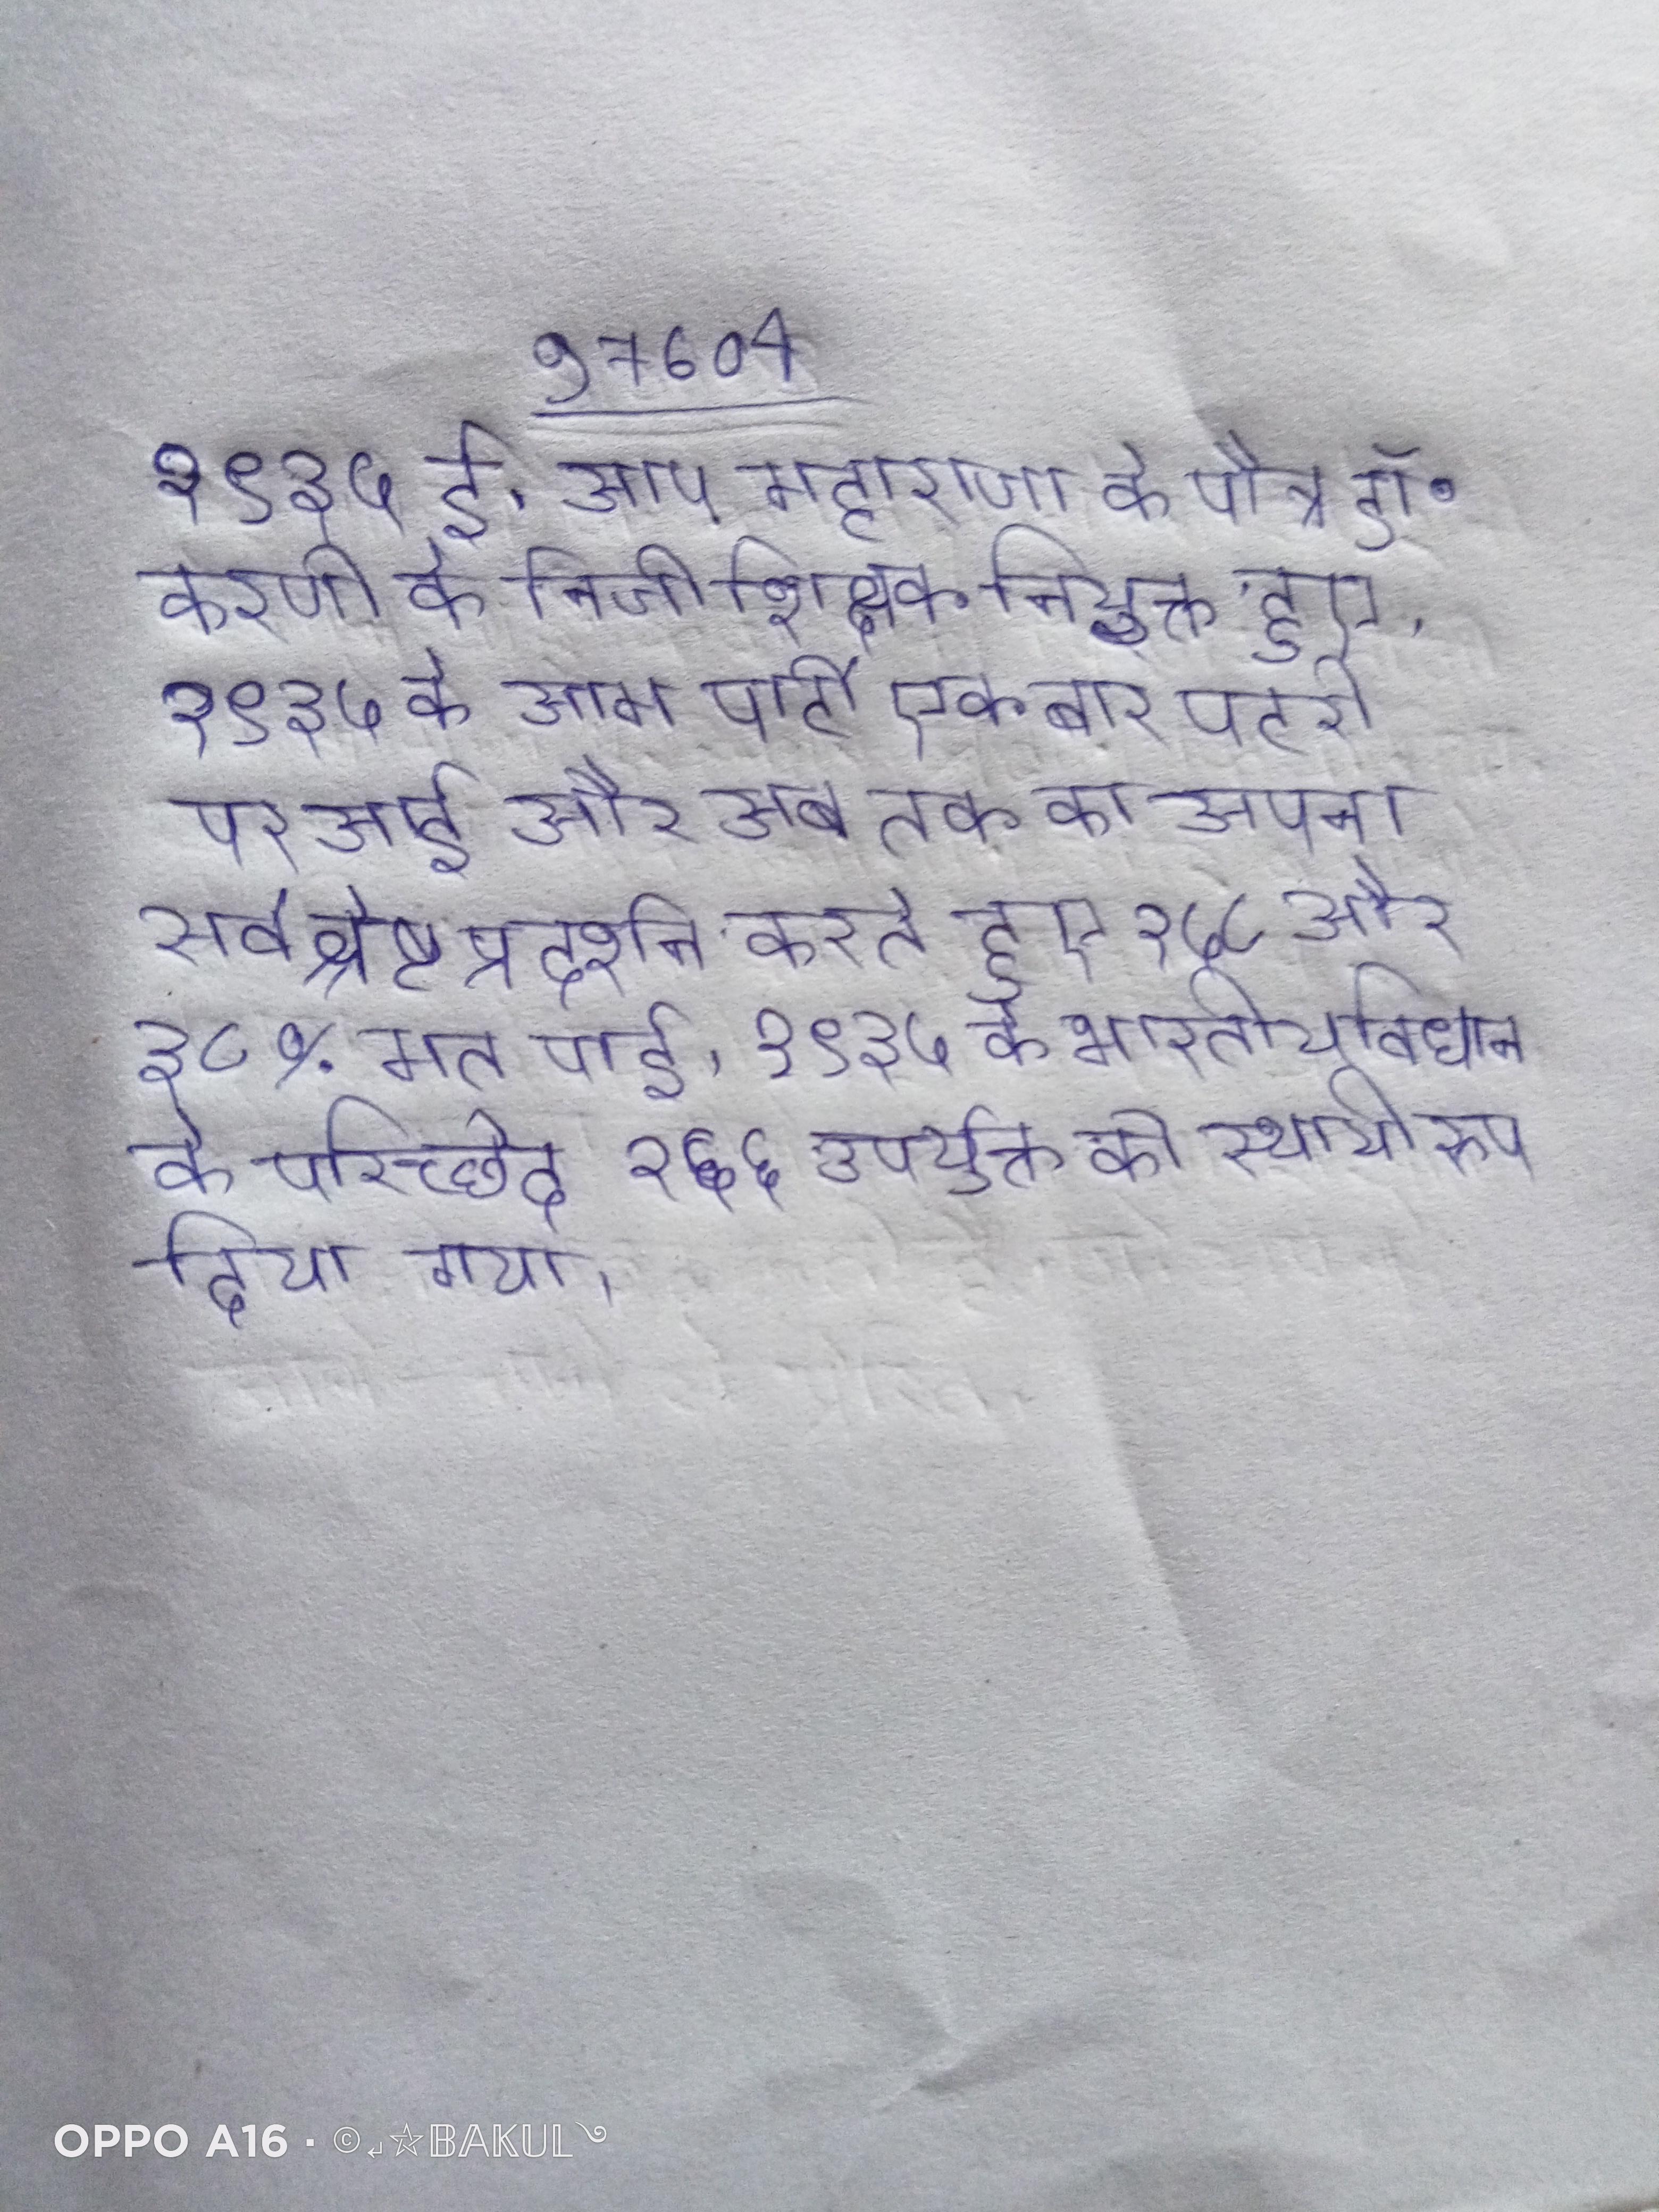
१९३५ ई. आप महाराजा के पौत्र डॉ॰ करणी के निजी शिक्षक नियुक्त हुए । १९३५ के आम पार्टी एक बार पटरी पर आई और अब तक का अपना सर्वश्रेष्ठ प्रदर्शन करते हुए १५८ और ३८% मत पाई । १९३५ के भारतीय विधान के परिच्छेद २६६ उपर्युक्त को स्थायी रूप दिया गया ।